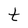
Character: t